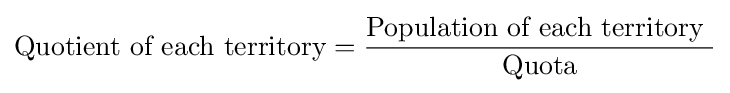
{\mbox{Quotient of each territory}}={\frac {\mbox{Population of each territory  }}{\mbox{Quota}}}